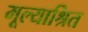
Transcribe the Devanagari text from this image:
मूल्याश्रित